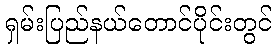
ရှမ်းပြည်နယ်တောင်ပိုင်းတွင်